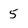
Character: 5